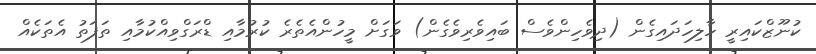
ކުނޫޒްކައިރީ ހާލިހަދައިގެން (ދިވެހިންވެސް ބައިވެރިވެގެން) ވަގަށް މީހުންއެތެރެ ކުރުމާއި ޑްރަގްވިއްކުމާއި ތަފަތު އެތަކެއް